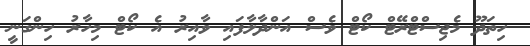
ހިތަދޫ މެޖިސްޓްރޭޓް ކޯޓް ވެސް އަންދާލާފައި ވާއިރު އެ ކޯޓް މިހާރު ހިންގަނީ